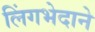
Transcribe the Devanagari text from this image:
लिंगभेदाने